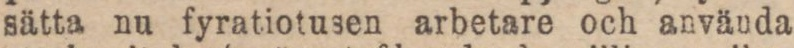
sätta nu fyratiotusen arbetare och använda